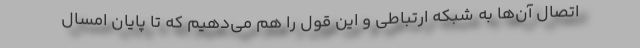
اتصال آن‌ها به شبکه ارتباطی و این قول را هم می‌دهیم که تا پایان امسال